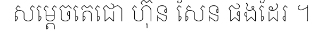
សម្តេចតេជោ ហ៊ុន សែន ផងដែរ ។